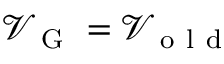
\mathcal { V } _ { \mathrm { ~ G ~ } } = \mathcal { V } _ { \mathrm { ~ o ~ l ~ d ~ } }